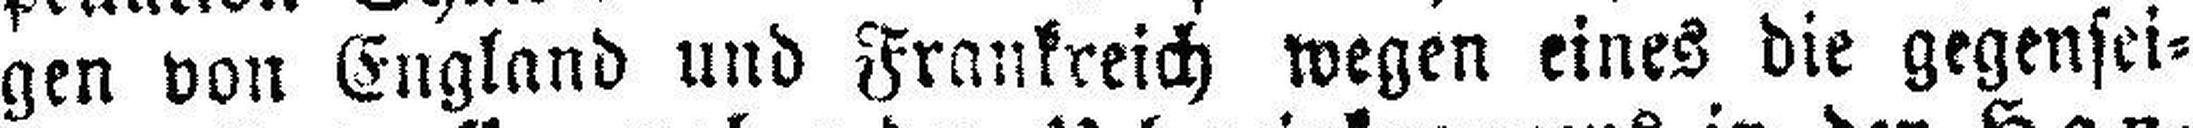
gen von England und Frankreich wegen eines die gegensei¬